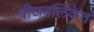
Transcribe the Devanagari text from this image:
बीजनलिकेत